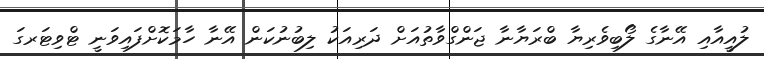
ލުއީއާއި އޭނާގެ ލޯބިވެރިޔާ ބްރަޔާނާ ޖަންގްވާތުއަށް ދަރިއަކު ލިބުނުކަން އޭނާ ހާމަކޮށްފައިވަނީ ޓްވިޓަރގަ